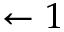
\leftarrow 1